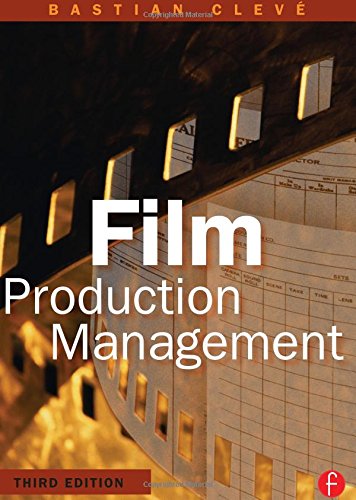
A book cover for Film Production Management; Bastian Cleve; Humor & Entertainment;